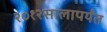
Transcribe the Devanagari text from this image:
२०१२सालापर्यंत